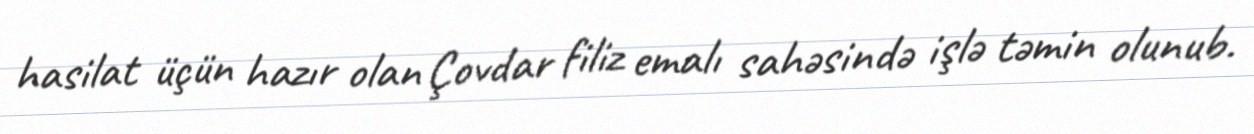
hasilat üçün hazır olan Çovdar filiz emalı sahəsində işlə təmin olunub.